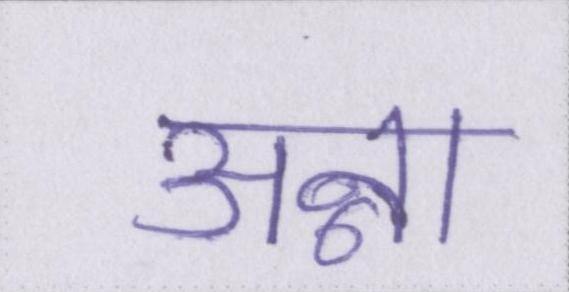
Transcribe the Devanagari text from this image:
अन्ना